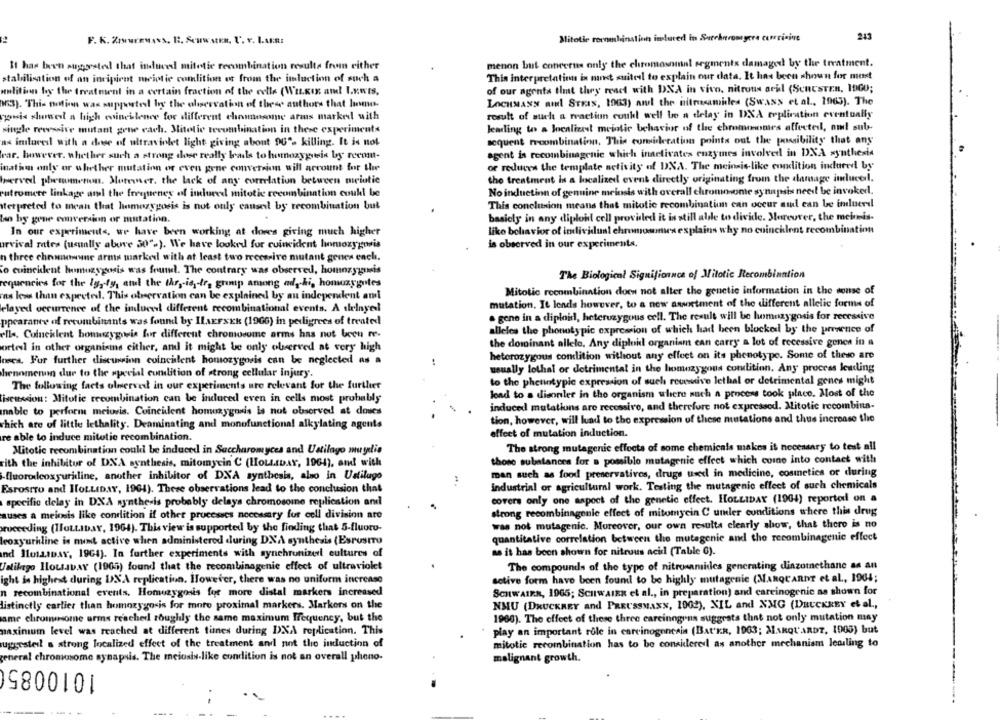
213
F. K. Znowuiss. R. RHusEs, U. V. LAR:
Mitotte rocombination induced in Surcharomyera currisive
menon but concerns only the chromosomal segments damaged by the treatment.
It has been suggested shot induced mitotic recombination results from either
stabilisation of an incipient meiotic condition et from the inluction of such a
This interpretation ix mit suitedl to explain our data. It has been shown for most
molition by the treatment in a certain fraction of the cells (WILKIE and LEWIS,
of our agenta that they react with DXA in vivo, nitrous ari (ScnESTER, IDG0;
13). This motions was supposted by the olyervation of these authors that honus-
LOCHMANN al Stras, 1963) anl the nitrosamides (Swass et al ., 1965). The
result of such a reaction couk! well be a delay in DXA replication eventually
puis showest a high evineilence for different chomosome arius marked with
single rewsive mutant gene each. Mitotic tecombination in these experiments
leading to a localizest meiotic behavior of the chromosomes affected, om! sub-
as imluces! with a dose of ultraviolet light giving about 90"> killing. It is not
sequent rrcombination. This consideration points out the possibility that any
var. however, whether such a strong doer really leads to homozygousin by recom-
agent is recombinagenic which inactivates enzymes involved in DXA synthesis
or reduces the template activity of DNA. The meinsis-like condition induced by
ination only or whether mutation or even gene conversion will account for the
werved phenomenon. Mutewer, the lack of any correlation between meiotic
the treatment is a localized event directly originating from the damage inlucel.
outromere linkage and the frequency of induced mitotic recombination coukl be
No induetinn of genuine meinsis with overall chromosonte synapsis neei be invoked.
Nterpreted to mean that homozygosis is not only caused by recombination but
This conclusion means that mitotic recombination can occur and can be induerd
to by gene conversion or mutation.
basicly in any diploid cell provided it is still able to divide. Moreover, the meineis-
bumes explains why no coincilent recombination
In our experiments, we have been working at dores giving much higher
liko behavior of individual chronn
urvival rates (usually above 30".). We have looked for cuincident homozygosis
is observed in our experiments.
n three chromowane arms marked with at least two recessive mutant genes enel.
To cuincident homuzy osis was found. The contrary was observed, homozygunis
The Biological Significance of Mitotic Recombination
equencies for the ly,fy, and the the, is. fr, grump among ad hi, honmargotes
mas lows than expected. This observation can be explained by au independent ami
Mitotic recombination does not alter the genetic information in the sonse of
delayed occurrence of the induced different recombinational events. A delayed
mutation. It lends however, to a new asweetment of the different allelic forms of
. gene in a diploid, heterozygous cell. The result will be homozygosis for recessive
ppearance of recombinants was found by ILAEFSEK (19GG) in pedigrees of treated
alleles the phonotypic expression of which had been blocked by the presence of
ells. Coincident bomuzygoris for different chromosome arms has not been re-
the dominant allele. Any diploid organism can carry a lot of recessive genes in a
ortel in other organisms either, and it might be only observed at very high
meses. For further discussion coincislent homozygosis can be neglected as a
heterozygous condition without any effect on its phenotype. Some of theso are
hienomenon due to the special condition of strong cellular Injury.
usually lothal or detrimental in the homozygous condition. Any process leading
to the pheuntypic expression of such reunive lethal or detrimental genes might
The following facts olmerved in our experiments are relevant for the further
load to a disonler in tho organism where such a process took place. Most of the
isemocion: Mitotic recombination can be induced even in cells most probably
induced mutations are recessive, and therefore not expressed. Mitotic recombina-
unable to perform meiuris. Coincident homozygosis is not observed at doses
which are of little lethality. Deaminating and monofunctional alkylating agents
tion, however, will lead to the expression of these mutations and thus increase the
re able to induce mitotic recombination.
effect of mutation induction.
The strong mutagenic effects of some chemicals makes it necessary to test all
Mitotic recombination could be induced in Saccharomyces and Ustilago muyelio
those substances for a possible mutagenic effect which come into contact with
rith the inhibitor of DXA synthesis, mitomycin C (HOLLIDAY, 1961), om! with
-fluorodeoxyuridine, another inhibitor of DXA synthesis, also in Ustilugo
man such as food preservatives, drugs used in medicine, cosmetics or during
Esrostro and HOLLIDAY, 1961). These observations lead to the conclusion that
industrial or agricultural work. Testing the mutagenic effect of such chemicals
specific delay in DXA synthesis probably delays chromosome replication and
covers only one aspect of the genetic effect. HOLLIDAY (1904) reported on a
strong recombinagenic effect of mitomycin C umler conditions where this drug
auses a meiosis like condition if other processes necessary for cell division are
was not mutagenic. Moreover, our own resulta clearly show, that there is no
proceeding (HOLLIDAY, 1964). This view is supported by the finding that 5-fluoru-
quantitative correlation between the mutagenic and the recombinagenie effect
leoxyurhline is ment active when administered during DNA synthesis (EsrustTo
nd MotLIDAY, 1964). In further experiments with synchronizerl cultures of
as it has been shown for nitrous acil (Table G).
Untilago HousaDAY (1905) found that the recombinagenic effect of ultraviolet
The compounds of the type of nitronamides generating dinzomethane as an
ight is highest during DNA replication. However, there was no uniform increase
active form have been found to be highly mutagenic (MARQUARDT et al ., 1904;
n recombinational events, Homozygosis for more distal markers increased
SCHWAIER, 1965; SCHWAIER et al ., in preparation) and carcinogenic as shown for
distinctly carlier than homozygo is for more proximal markers. Markers on the
NMU (DRUCKREY and PREUSSMASS, 1002), XIL and NMG (DRUCKREY et al .,
ame chromosome arms reached roughly the same maximum frequency, but the
1960). The effect of these three carcinogens suggests that not only mutation may
maximum level was reached at different tunes during DNA replication. This
play an important role in carcinogenesis (Bat'ER, 1963; MARQUARDT, 1905) but
uggesteil a strong localized effect of the treatment and not the induction of
mitotic recombination has to be considered as another mechanism leading to
eneral chromosome synapsis. The meiosis-like condition is not an overall pleno-
1010085
malignant growth.